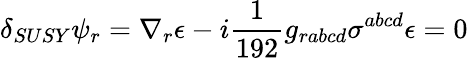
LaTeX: \delta_{SUSY}\psi_{r}=\nabla_{r}\epsilon-i{\frac{1}{192}}g_{rabcd}\sigma^{abcd}\epsilon=0